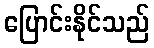
ပြောင်းနိုင်သည်